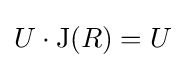
U\cdot \operatorname {J} (R)=U